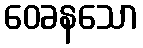
ဝေခနသော